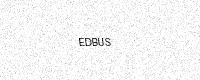
Text: EDBUS